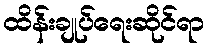
ထိန်းချုပ်ရေးဆိုင်ရာ